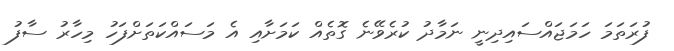
ފުރަތަމަ ހަމަޖައްސައިދިނީ ނަމާދު ކުރެވޭނެ ގޮތެއް ކަމަށާއި އެ މަސައްކަތަށްފަހު މިހާރު ސާފު